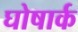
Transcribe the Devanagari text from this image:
घोषार्क